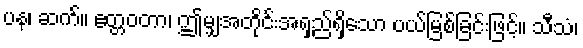
ပန၊ ဆက်။ ဧတ္တဝတာ၊ ဤမျှအတိုင်းအရှည်ရှိသော ပယ်မြစ်ခြင်းဖြင့်။ သီသံ၊